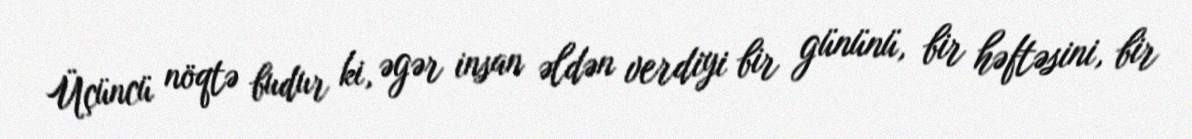
Üçüncü nöqtə budur ki, əgər insan əldən verdiyi bir gününü, bir həftəsini, bir